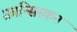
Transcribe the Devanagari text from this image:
फ़्रान्सिस्कन